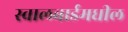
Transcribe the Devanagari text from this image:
स्वालबार्डमधील